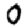
Digit: 0